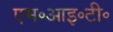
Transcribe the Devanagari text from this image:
एम॰आइ॰टी॰